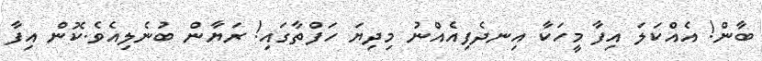
ބާން! އެއްކަލަ އިފާ މީހަކާ އިނދެފިއެއްނު މިދިޔަ ހަފްތާގައި! ރަޔާން ބުނެލިއެވެ.ކޮން އިފާ